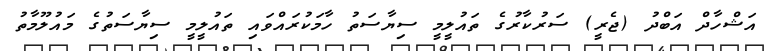
އަޝްހާދް އަބްދު (ޖެރީ) ސަރުކާރުގެ ތައުލީމީ ސިޔާސަތު ހާމަކުރައްވައި ތައުލީމީ ސިޔާސަތުގެ މައުލޫމާތު